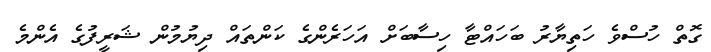
ގޮތް ހުސްވެ ހަތިޔާރު ބަހައްޓާ ހިސާބަށް އަހަރެންގެ ކަންތައް ދިޔުމުން ޝަރީފުގެ އެންމެ